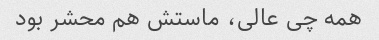
همه چی عالی، ماستش هم محشر بود